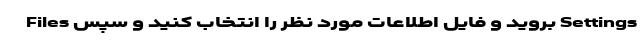
Files بروید و فایل اطلاعات مورد نظر را انتخاب کنید و سپس Settings